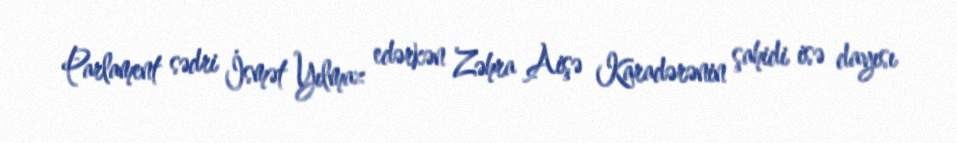
Parlament sədri İsmət Yılmaz edərkən Zəhra Aişə Karadərənin şahidi isə dayısı